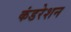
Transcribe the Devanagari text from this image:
कंडरेशन